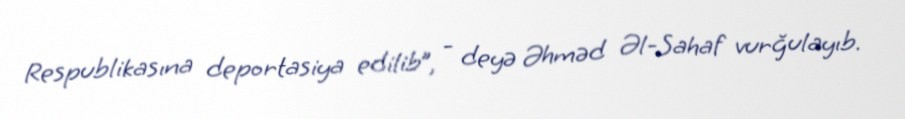
Respublikasına deportasiya edilib”, - deyə Əhməd Əl-Sahaf vurğulayıb.